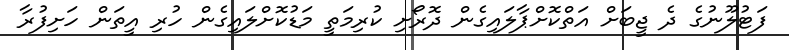
ފަޓުލޫނުގެ ދެ ޖީބަށް އަތްކޮށްޕާލައިގެން ދޮރޯށި ކުރިމަތީ މަޑުކޮށްލައިގެން ހުރި އީތަން ހަށިފުރާ